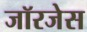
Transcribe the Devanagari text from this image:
जॉरजेस